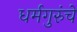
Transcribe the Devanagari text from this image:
धर्मगुरुंचे